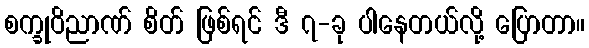
စက္ခုဝိညာဏ် စိတ် ဖြစ်ရင် ဒီ ၇-ခု ပါနေတယ်လို့ ပြောတာ။